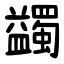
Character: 蠲